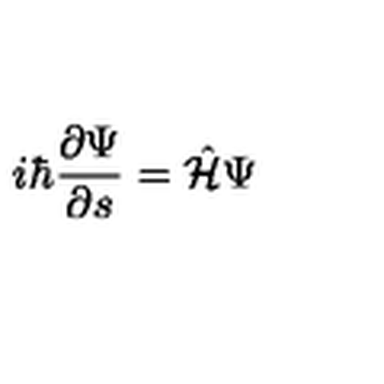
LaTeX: i \hbar \frac { \partial \Psi } { \partial s } = \hat { \cal H } \Psi